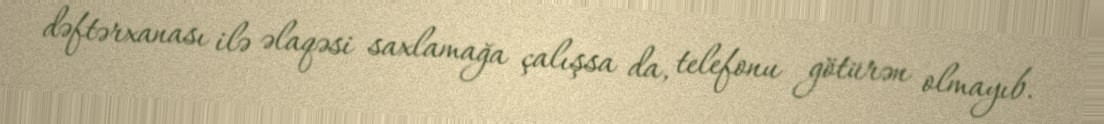
dəftərxanası ilə əlaqəsi saxlamağa çalışsa da, telefonu götürən olmayıb.